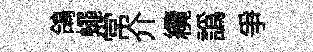
鴿蠅常介纜譌争